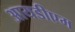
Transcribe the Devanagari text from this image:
आयडीएम